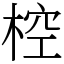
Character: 椌